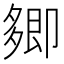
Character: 𭅽